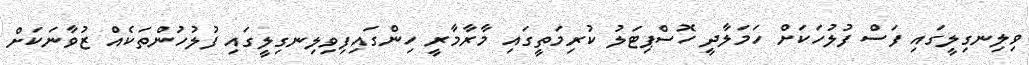
ވިލިނގިލީގައި ފަސް ފުލުހަަކަށް ހަމަލާދީ ހޮސްޕިޓަލު ކުރިމަތީގައި މާރާމާރީ ހިންގައިފިވިލިނގިލީގައި ފުލުހުންތަކެއް ޒުވާނަކަށް